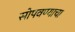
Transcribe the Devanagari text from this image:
सोपवण्याचा